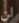
لن